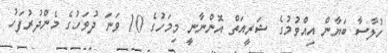
ހުލާސާ ބަޔާން އިއްވުމުގެ ޝަރީއަތް އޮންނާނީ މިމަހުގެ 10 ވަނަ ދުވަހުގެ މެންދުރުފަހު